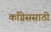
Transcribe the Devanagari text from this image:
काँग्रेससाठी